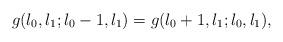
LaTeX: \begin{align*}g(l_{0},l_{1};l_{0}-1,l_{1}) = g(l_{0}+1,l_{1};l_{0},l_{1}),\end{align*}